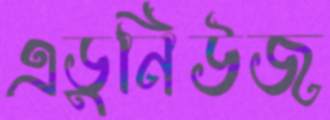
এডুনিউজ